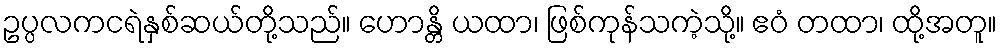
ဥပ္ပလကငရဲနှစ်ဆယ်တို့သည်။ ဟောန္တိ ယထာ၊ ဖြစ်ကုန်သကဲ့သို့။ ဧဝံ တထာ၊ ထို့အတူ။